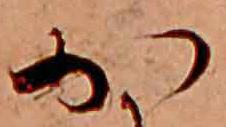
か